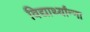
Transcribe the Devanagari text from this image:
विद्यार्थ्यांन्ना